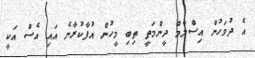
އެ ދުވަހުން އިސްލާމް ދީންމަތީ ތިބި މީހުން އުފާކުރާނެ އައި އެސް އަކީ